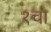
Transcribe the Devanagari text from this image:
१चा